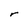
Character: r